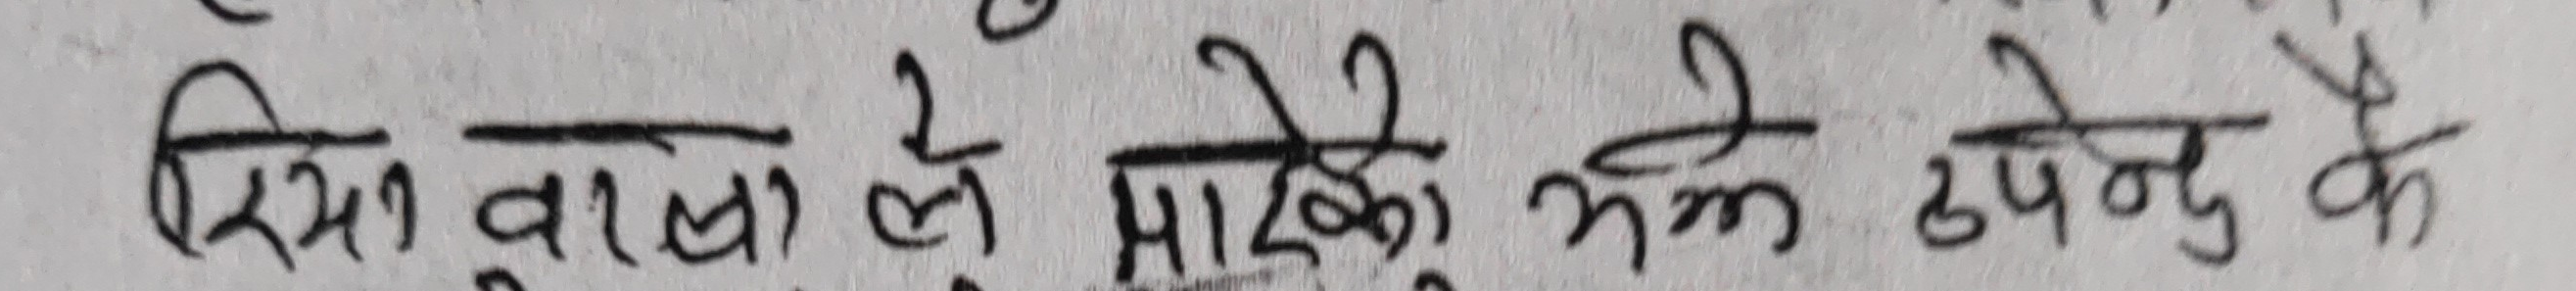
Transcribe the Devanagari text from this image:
रिसावाखा ले प्रादेको झमे उपनेदु कै